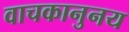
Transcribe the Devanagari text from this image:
वाचकानुनय